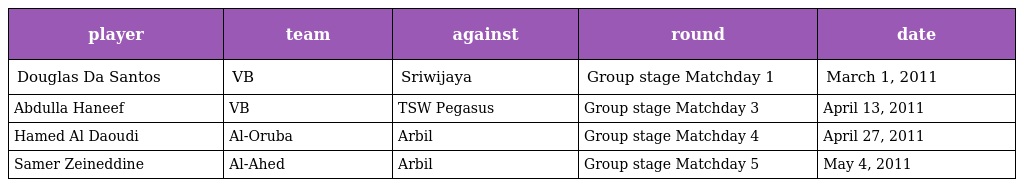
| player | team | against | round | date |
 | --- | --- | --- | --- | --- |
 | Douglas Da Santos | VB | Sriwijaya | Group stage Matchday 1 | March 1, 2011 |
 | Abdulla Haneef | VB | TSW Pegasus | Group stage Matchday 3 | April 13, 2011 |
 | Hamed Al Daoudi | Al-Oruba | Arbil | Group stage Matchday 4 | April 27, 2011 |
 | Samer Zeineddine | Al-Ahed | Arbil | Group stage Matchday 5 | May 4, 2011 |